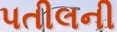
પતીલની